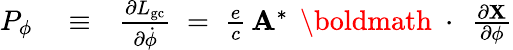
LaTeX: \begin{array}{rlr}{P_{\phi}}&{{}\equiv}&{\frac{\partial L_{\mathrm{gc}}}{\partial\dot{\phi}}\; =\; \frac{e}{c}\, {\mathbf A}^{*}\, \mathrm{~\boldmath~\cdot~}\, \frac{\partial\mathbf X}{\partial\phi}}\end{array}